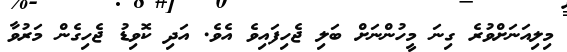
މިލިއަނަށްވުރެ ގިނަ މީހުންނަށް ބަލި ޖެހިފައިވެ އެވެ. އަދި ކޮވިޑު ޖެހިގެން މަރުވާ